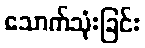
သောက်သုံးခြင်း